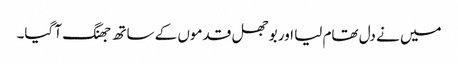
میں نے دل تھام لیا اور بوجھل قدموں کے ساتھ جھنگ آ گیا۔